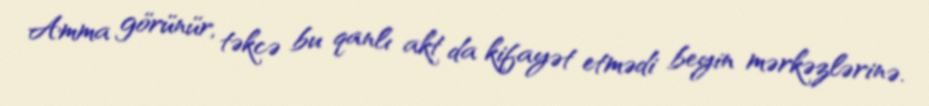
Amma görünür, təkcə bu qanlı akt da kifayət etmədi beyin mərkəzlərinə.